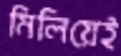
মিলিয়েই